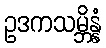
ဥဒကသမ္ဘိန္နံ